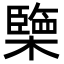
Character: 㯺